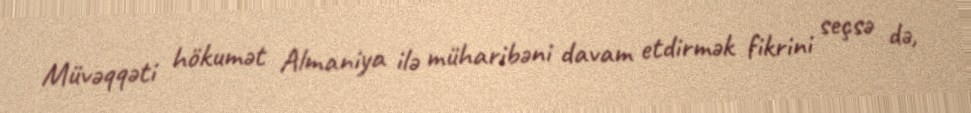
Müvəqqəti hökumət Almaniya ilə müharibəni davam etdirmək fikrini seçsə də,